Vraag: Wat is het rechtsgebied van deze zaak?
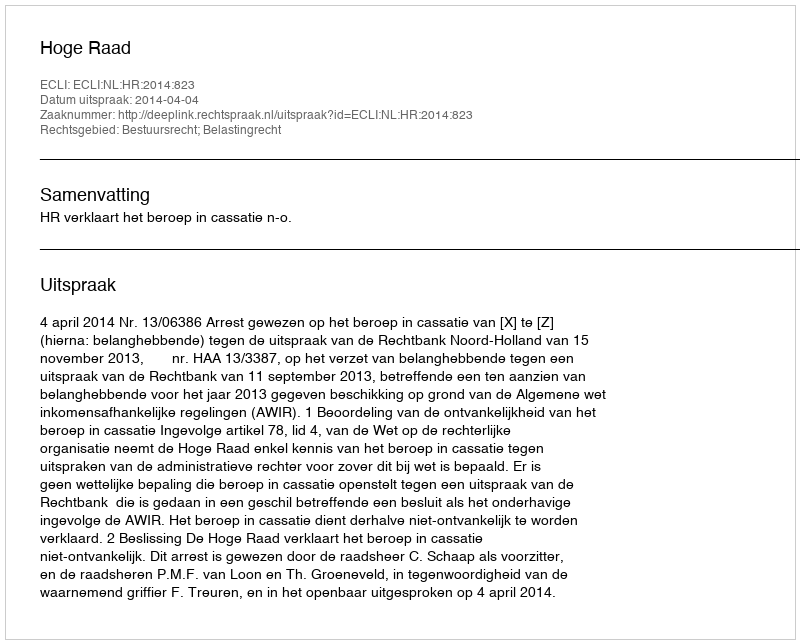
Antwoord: Bestuursrecht; Belastingrecht